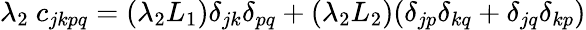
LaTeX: \lambda_{2}~c_{jkpq}=(\lambda_{2}L_{1})\delta_{jk}\delta_{pq}+(\lambda_{2}L_{2})(\delta_{jp}\delta_{kq}+\delta_{jq}\delta_{kp})